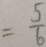
= \frac { 5 } { 6 }